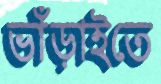
ভাঁড়াইতে